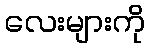
လေးများကို